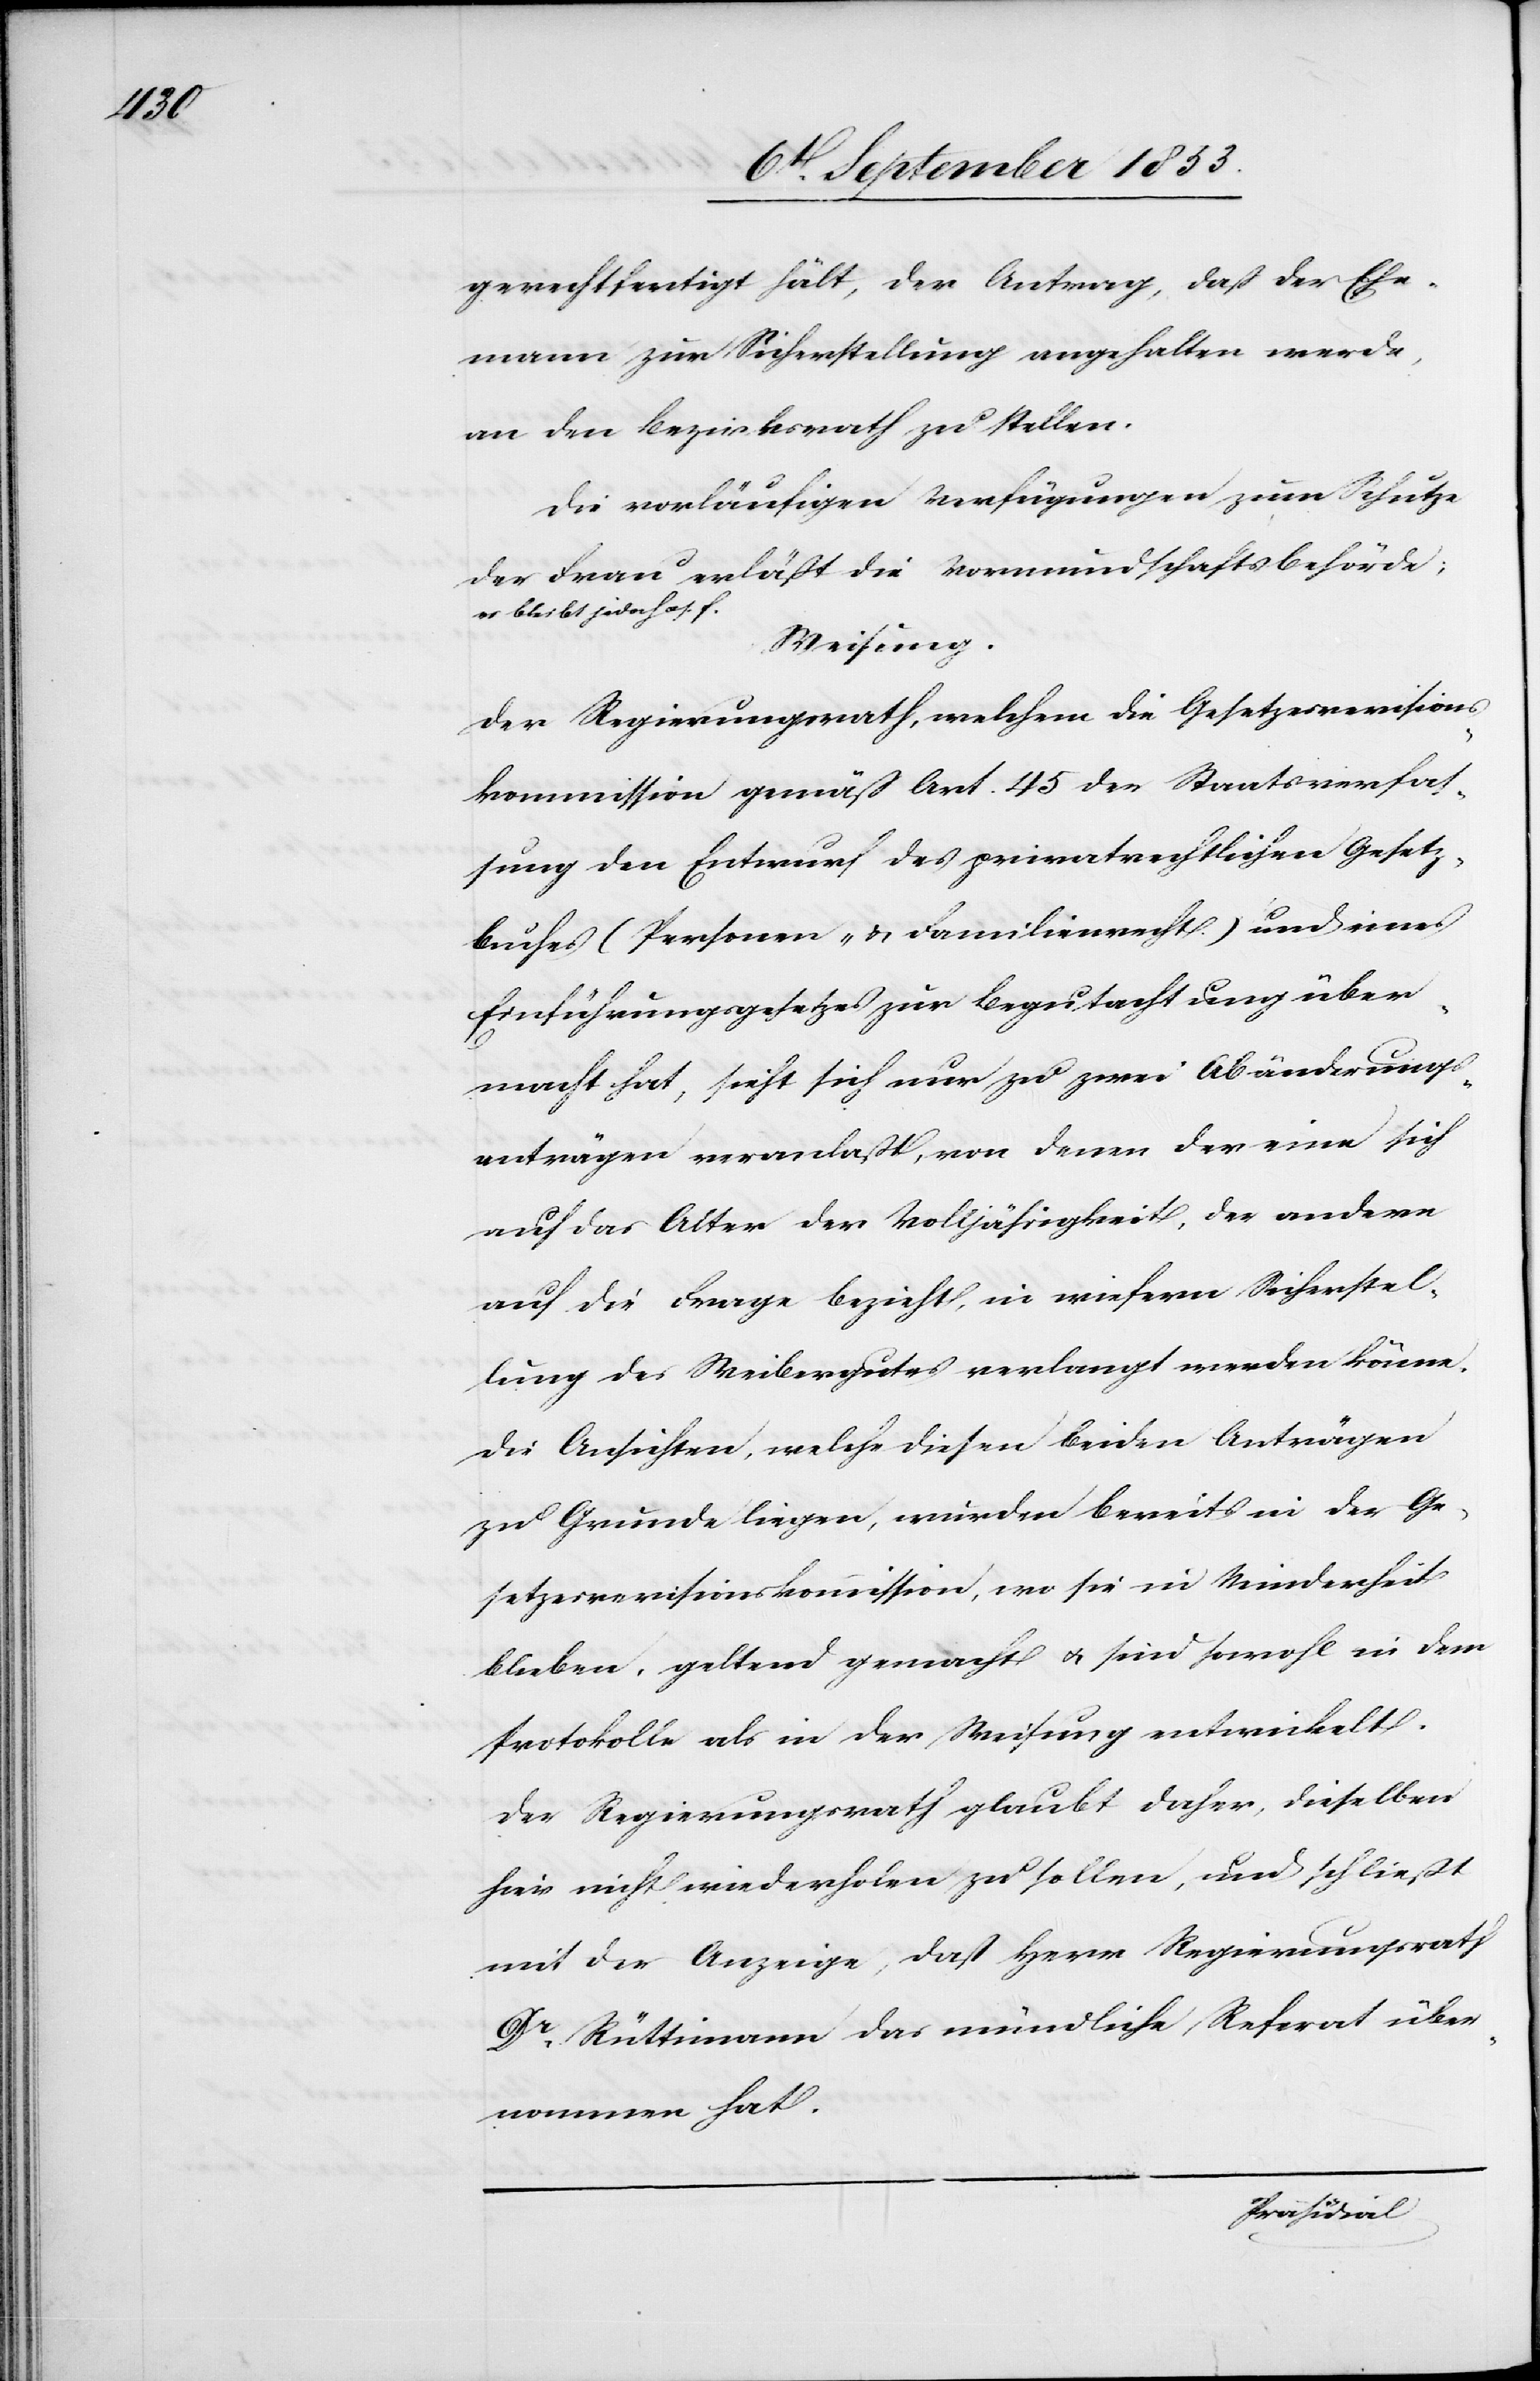
gerechtfertigt hält, der Antrag, daß der Ehe¬
mann zur Sicherstellung angehalten werde,
an den Bezirksrath zu stellen.
Die vorläufigen Verfügungen, zum Schutze
der Frau erläßt die Vormundschaftsbehörde;
es bleibt jedoch u. s. f.
Weisung.
Der Regierungsrath, welchem die Gesetzesrevisions¬
kommission gemäß Art. 15 der Staatsverfas¬
sung den Entwurf des privatrechtlichen Gesetze¬
sbuches (Personen- u. Familienrecht) und eines
Einführungsgesetzes zur Begutachtung über¬
macht hat, sieht sich nur zu zwei Abänderungsv¬
erträgen veranlaßt, von denen der eine sich
auf das Alter der Volljährigkeit, der andere
auf die Frage bezieht, in wiefern Sicherstel¬
lung des Weibergutes verlangt werden könne.
Die Ansichten, welche diesen beiden Anträgen
zu Grunde liegen, wurden bereits in der Ge¬
setzeskommission, wo sie in Minderheit
blieben, geltend gemacht u. sind sowohl in dem
Protokoll als in der Weisung entwickelt.
Der Regierungsrath glaubt daher, dieselben
hier nicht wiederholen zu sollen, und schließt
mit der Anzeige, daß Herr Regierungsrath
Dr Rüttimann das mündliche Referat über¬
nommen hat.